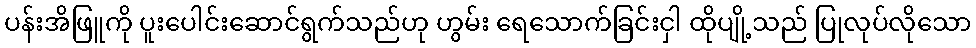
ပန်းအိဖြူကို ပူးပေါင်းဆောင်ရွက်သည်ဟု ဟွမ်း ရေသောက်ခြင်းငှါ ထိုပျို့သည် ပြုလုပ်လိုသော